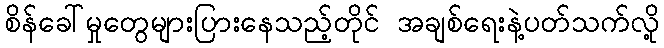
စိန်ခေါ်မှုတွေများပြားနေသည့်တိုင် အချစ်ရေးနဲ့ပတ်သက်လို့